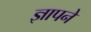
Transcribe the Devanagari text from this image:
ज्ञापने